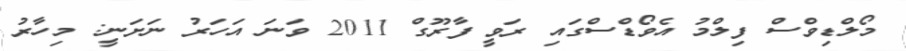
މޯލްޑިވްސް ފިލްމު އެވޯޑްސްގައި ރަވީ ފާރޫގް 2011 ވަނަ އަހަރު ނަށަނީ: މިހާރު